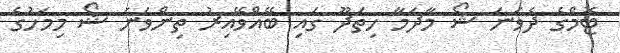
ޓޮމްގެ ދެވަނަ ޝޯ މާދަމާ ހިތަދޫ ގައި ބޭއްވޭއިރު ތިންވަނަ ޝޯ މިމަހުގެ